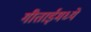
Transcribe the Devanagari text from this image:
गीताईमध्ये